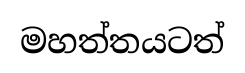
මහත්තයටත්